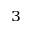
^ 3